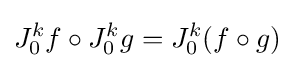
J_{0}^{k}f\circ J_{0}^{k}g=J_{0}^{k}(f\circ g)